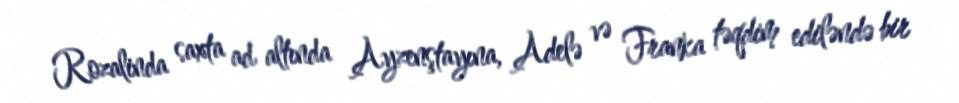
Rozalinda saxta ad altında Ayzenştayına, Adelə və Franka təqdim ediləndə bir